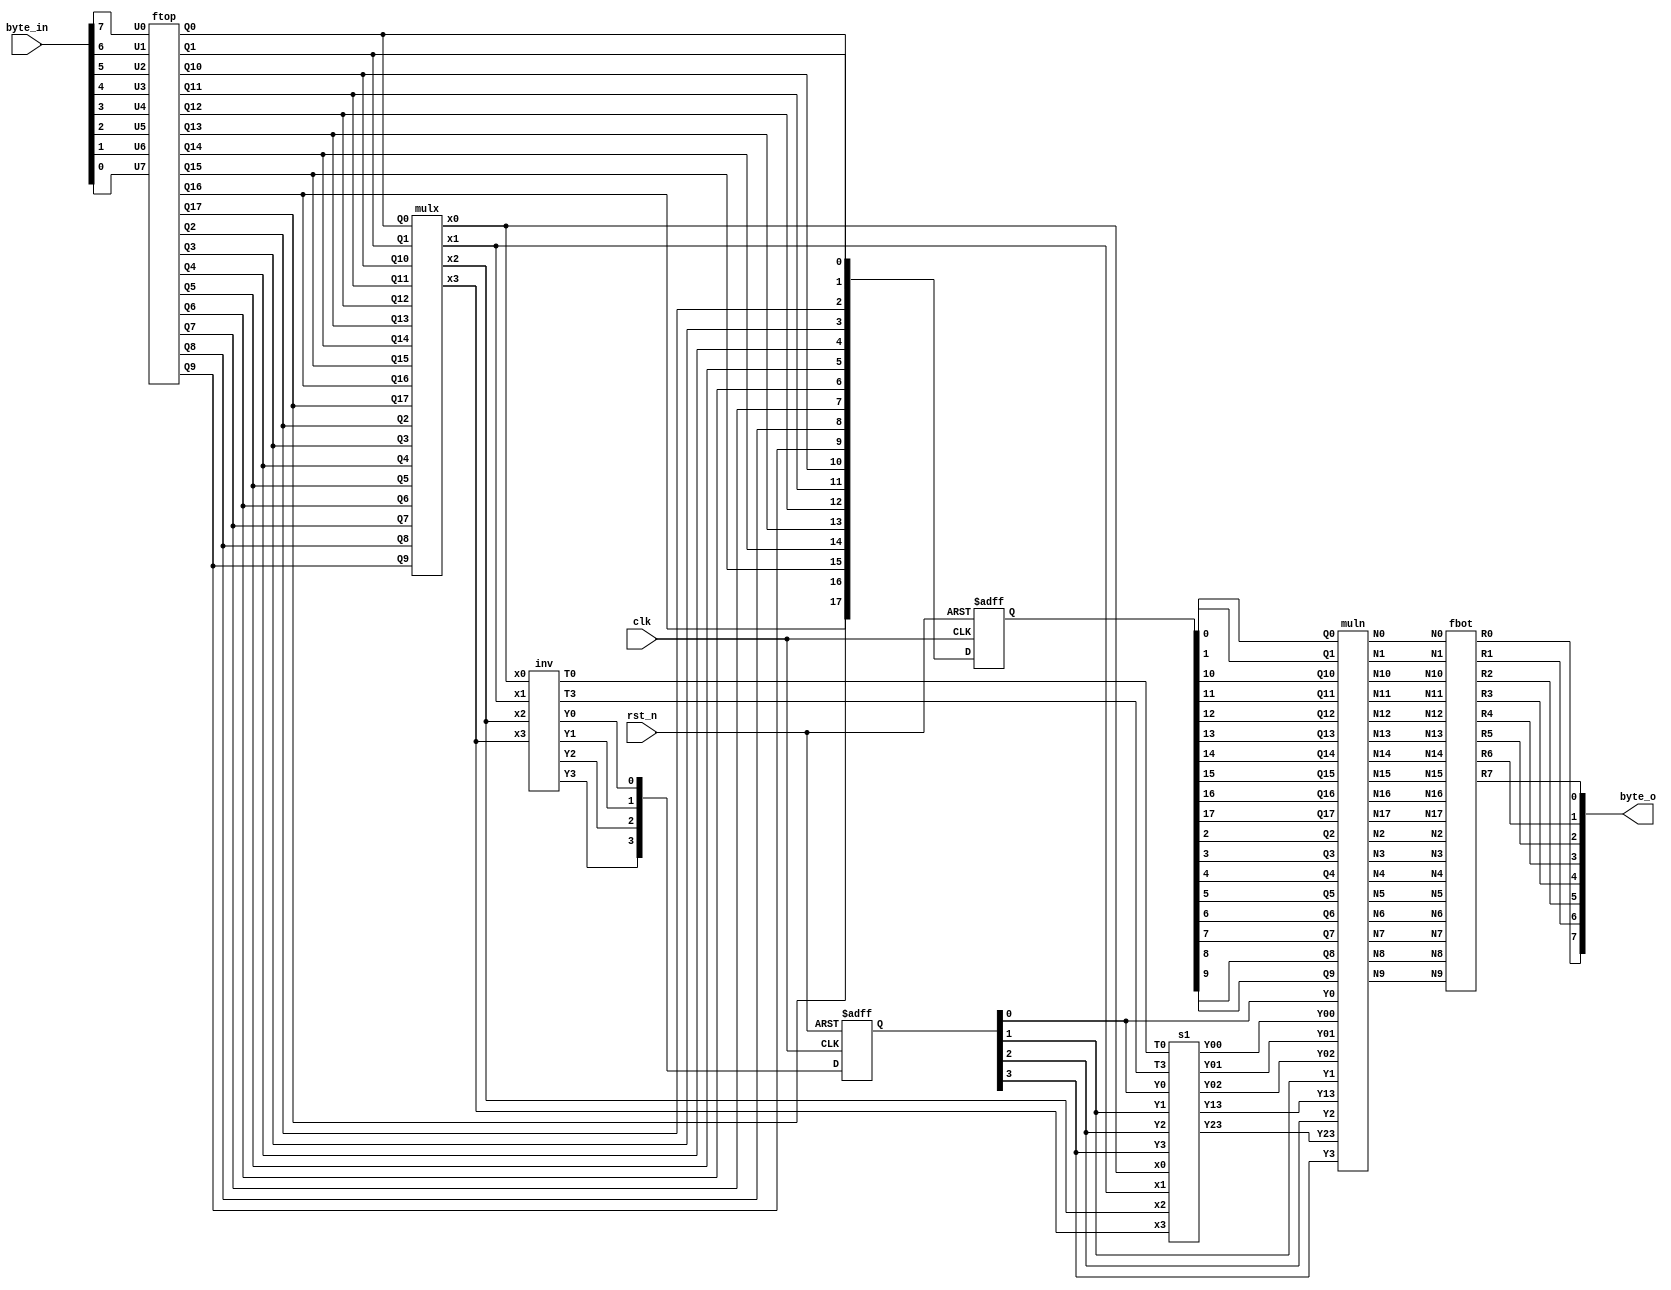
// Trade off version

module SubBytes (
    output [7:0] byte_o,
    input [7:0] byte_in,
    input clk,
    input rst_n
);
    // Top Signal
    wire U0, U1, U2, U3, U4, U5, U6, U7;
    wire R0, R1, R2, R3, R4, R5, R6, R7;

    assign U0 = byte_in[7];
    assign U1 = byte_in[6];
    assign U2 = byte_in[5];
    assign U3 = byte_in[4];
    assign U4 = byte_in[3];
    assign U5 = byte_in[2];
    assign U6 = byte_in[1];
    assign U7 = byte_in[0];

    assign byte_o = {R0, R1, R2, R3, R4, R5, R6, R7};
// 
    wire Q0, Q1, Q2, Q3, Q4, Q5, Q6, Q7, Q8, Q9, Q10, Q11, Q12, Q13, Q14, Q15, Q16, Q17;
    wire x0, x1, x2, x3;
    wire Y00, Y01, Y02, Y13, Y23, Y0, Y1, Y2, Y3;
    wire N0, N1, N2, N3, N4, N5, N6, N7, N8, N9, N10, N11, N12, N13, N14, N15, N16, N17;
    wire T0, T3;
//  ftop 
    ftop ftop_inst (
        .U0(U0), .U1(U1), .U2(U2), .U3(U3), .U4(U4), .U5(U5), .U6(U6), .U7(U7),
        .Q0(Q0), .Q1(Q1), .Q2(Q2), .Q3(Q3), .Q4(Q4), .Q5(Q5), .Q6(Q6), .Q7(Q7),
        .Q8(Q8), .Q9(Q9), .Q10(Q10), .Q11(Q11), .Q12(Q12), .Q13(Q13), .Q14(Q14), .Q15(Q15),
        .Q16(Q16), .Q17(Q17)
    );

    //  mulx 
    mulx mulx_inst (
        .Q0(Q0), .Q1(Q1), .Q2(Q2), .Q3(Q3), .Q4(Q4), .Q5(Q5), .Q6(Q6), .Q7(Q7), .Q8(Q8), .Q9(Q9),
        .Q10(Q10), .Q11(Q11), .Q12(Q12), .Q13(Q13), .Q14(Q14), .Q15(Q15), .Q16(Q16), .Q17(Q17),
        .x0(x0), .x1(x1), .x2(x2), .x3(x3)
    );

    //  inv 
    inv inv_inst (
        .x0(x0), .x1(x1), .x2(x2), .x3(x3),
        .T0(T0), .T3(T3),
        .Y0(Y0), .Y1(Y1), .Y2(Y2), .Y3(Y3)
    );

    // 
    reg [17:0] Q_reg;
    reg [8:0] Y_reg;
    always @(posedge clk or negedge rst_n) begin
        if (!rst_n) begin
            Q_reg <= 18'b0;
            Y_reg <= 9'b0;
        end else begin
            Q_reg <= {Q17, Q16, Q15, Q14, Q13, Q12, Q11, Q10, Q9, Q8, Q7, Q6, Q5, Q4, Q3, Q2, Q1, Q0};
            Y_reg <= {Y23, Y13, Y02, Y01, Y00, Y3, Y2, Y1, Y0};
        end
    end

    //  s1 
    wire [17:0] Q_pipeline = Q_reg;
    wire [8:0] Y_pipeline = Y_reg;

    //  s1 
    s1 s1_inst (
        .x0(x0), .x1(x1), .x2(x2), .x3(x3),
        .T0(T0), .T3(T3),
        .Y0(Y_pipeline[0]), .Y1(Y_pipeline[1]), .Y2(Y_pipeline[2]), .Y3(Y_pipeline[3]),
        .Y00(Y_pipeline[4]), .Y01(Y_pipeline[5]), .Y02(Y_pipeline[6]), .Y13(Y_pipeline[7]), .Y23(Y_pipeline[8])
    );

    //  muln 
    muln muln_inst (
        .Y00(Y_pipeline[4]), .Y01(Y_pipeline[5]), .Y02(Y_pipeline[6]), 
        .Y0(Y_pipeline[0]), .Y1(Y_pipeline[1]), .Y2(Y_pipeline[2]), .Y3(Y_pipeline[3]), 
        .Y13(Y_pipeline[7]), .Y23(Y_pipeline[8]),
        .Q0(Q_pipeline[0]), .Q1(Q_pipeline[1]), .Q2(Q_pipeline[2]), .Q3(Q_pipeline[3]), 
        .Q4(Q_pipeline[4]), .Q5(Q_pipeline[5]), .Q6(Q_pipeline[6]), .Q7(Q_pipeline[7]), 
        .Q8(Q_pipeline[8]), .Q9(Q_pipeline[9]), .Q10(Q_pipeline[10]), .Q11(Q_pipeline[11]), 
        .Q12(Q_pipeline[12]), .Q13(Q_pipeline[13]), .Q14(Q_pipeline[14]), .Q15(Q_pipeline[15]), 
        .Q16(Q_pipeline[16]), .Q17(Q_pipeline[17]),
        .N0(N0), .N1(N1), .N2(N2), .N3(N3), .N4(N4), .N5(N5), .N6(N6), .N7(N7),
        .N8(N8), .N9(N9), .N10(N10), .N11(N11), .N12(N12), .N13(N13), .N14(N14), .N15(N15), .N16(N16), .N17(N17)
    );

    //  fbot 
    fbot fbot_inst (
        .N0(N0), .N1(N1), .N2(N2), .N3(N3), .N4(N4), .N5(N5), .N6(N6), .N7(N7),
        .N8(N8), .N9(N9), .N10(N10), .N11(N11), .N12(N12), .N13(N13), .N14(N14), .N15(N15), .N16(N16), .N17(N17),
        .R0(R0), .R1(R1), .R2(R2), .R3(R3), .R4(R4), .R5(R5), .R6(R6), .R7(R7)
    );

endmodule

// ftop.a
module ftop (
    input  wire U0, U1, U2, U3, U4, U5, U6, U7,
    output wire Q0, Q1, Q2, Q3, Q4, Q5, Q6, Q7, Q8, Q9, Q10, Q11, Q12, Q13, Q14, Q15, Q16, Q17
);

    wire Z6, Z9, Z66, Z80, Z114;
    // Intermediate computations
    assign Z6 = U1 ^ U2;
    assign Q12 = Z6 ^ U3;
    assign Q11 = U4 ^ U5;
    assign Q0 = Q12 ^ Q11;
    assign Z9 = U0 ^ U3;
    assign Z80 = U4 ^ U6;
    assign Q1 = Z9 ^ Z80;
    assign Q7 = Z6 ^ U7;
    assign Q2 = Q1 ^ Q7;
    assign Q3 = Q1 ^ U7;
    assign Q13 = U5 ^ Z80;
    assign Q5 = Q12 ^ Q13;
    assign Z66 = U1 ^ U6;
    assign Z114 = Q11 ^ Z66;
    assign Q6 = U7 ^ Z114;
    assign Q8 = Q1 ^ Z114;
    assign Q9 = Q7 ^ Z114;
    assign Q10 = U2 ^ Q13;
    assign Q16 = Z9 ^ Z66;
    assign Q14 = Q16 ^ Q13;
    assign Q15 = U0 ^ U2;
    assign Q17 = Z9 ^ Z114;
    assign Q4 = U7;

endmodule

// mulx.a
module mulx (
    input wire Q0, Q1, Q2, Q3, Q4, Q5, Q6, Q7, Q8, Q9, Q10, Q11, Q12, Q13, Q14, Q15, Q16, Q17,
    output wire x0, x1, x2, x3
);

    wire T20, T21, T22, T10, T11, T12, T13;

    // Intermediate computations
    assign T20 = ~(Q6 & Q12); // NAND
    assign T21 = ~(Q3 & Q14); // NAND
    assign T22 = ~(Q1 & Q16); // NAND
    assign T10 = (~(Q3 | Q14)) ^ (~(Q0 & Q7)); // NOR ^ NAND
    assign T11 = (~(Q4 | Q13)) ^ (~(Q10 & Q11)); // NOR ^ NAND
    assign T12 = (~(Q2 | Q17)) ^ (~(Q5 & Q9)); // NOR ^ NAND
    assign T13 = (~(Q8 | Q15)) ^ (~(Q2 & Q17)); // NOR ^ NAND

    // Outputs
    assign x0 = T10 ^ (T20 ^ T22);
    assign x1 = T11 ^ (T21 ^ T20);
    assign x2 = T12 ^ (T21 ^ T22);
    assign x3 = T13 ^ (T21 ^ (~(Q4 & Q13))); // NAND

endmodule

// inv.a
module inv (
    input wire x0, x1, x2, x3,
    output wire T0, T3,
    output wire Y0, Y1, Y2, Y3
);
    wire T1, T2, T4;

    // Intermediate computations
    assign T0 = ~(x0 & x2); // NAND
    assign T1 = ~(x1 | x3); // NOR
    assign T2 = ~(T0 ^ T1); // XNOR
    assign Y0 = (x2 & T2) | (~x2 & x3); // MUX
    assign Y2 = (x0 & T2) | (~x0 & x1); // MUX
    assign T3 = (x1 & x2) | (~x1 & 1); // MUX
    assign Y1 = (T2 & x3) | (~T2 & T3); // MUX
    assign T4 = (x3 & x0) | (~x3 & 1); // MUX
    assign Y3 = (T2 & x1) | (~T2 & T4); // MUX

endmodule


// s1.a
module s1 (
    input wire x0, x1, x2, x3,
    input wire T0, T3,
    input wire Y0, Y1, Y2, Y3,
    output wire Y00, Y01, Y02, Y13, Y23
);

    wire T5, T6;

    // Intermediate computations
    assign T5 = (x0 & T0) | (~x0 & x3); // MUX
    assign Y23 = (x1 & T5) | (~x1 & x0); // MUX
    assign T6 = ~((T3 & x2) | (~T3 & x3)); // NMUX
    assign Y01 = ~((T0 & T6) | (~T0 & x3)); // NMUX

    // Outputs
    assign Y02 = Y2 ^ Y0;
    assign Y13 = Y3 ^ Y1;
    assign Y00 = Y01 ^ Y23;

endmodule

// muln.a
module muln (
    input wire Y00, Y01, Y02, Y0, Y1, Y2, Y3, Y13, Y23,
    input wire Q0, Q1, Q2, Q3, Q4, Q5, Q6, Q7, Q8, Q9, Q10, Q11, Q12, Q13, Q14, Q15, Q16, Q17,
    output wire N0, N1, N2, N3, N4, N5, N6, N7, N8, N9, N10, N11, N12, N13, N14, N15, N16, N17
);

    // Intermediate computations
    assign N0 = ~(Y01 & Q11); // NAND
    assign N1 = ~(Y0 & Q12);  // NAND
    assign N2 = ~(Y1 & Q0);   // NAND
    assign N3 = ~(Y23 & Q17); // NAND
    assign N4 = ~(Y2 & Q5);   // NAND
    assign N5 = ~(Y3 & Q15);  // NAND
    assign N6 = ~(Y13 & Q14); // NAND
    assign N7 = ~(Y00 & Q16); // NAND
    assign N8 = ~(Y02 & Q13); // NAND
    assign N9 = ~(Y01 & Q7);  // NAND
    assign N10 = ~(Y0 & Q10); // NAND
    assign N11 = ~(Y1 & Q6);  // NAND
    assign N12 = ~(Y23 & Q2); // NAND
    assign N13 = ~(Y2 & Q9);  // NAND
    assign N14 = ~(Y3 & Q8);  // NAND
    assign N15 = ~(Y13 & Q3); // NAND
    assign N16 = ~(Y00 & Q1); // NAND
    assign N17 = ~(Y02 & Q4); // NAND

endmodule

// fbot.a
module fbot (
    input  wire N0, N1, N2, N3, N4, N5, N6, N7, N8, N9, N10, N11, N12, N13, N14, N15, N16, N17,
    output wire R0, R1, R2, R3, R4, R5, R6, R7
);

    wire H0, H1, H2, H3, H4, H5, H6, H7, H8, H9, H10, H11, H12, H13, H14, H15, H16, H17, H18, H19, H20, H21, H22, H23;

    // Intermediate computations
    assign H0 = N3 ^ N8;
    assign H1 = N5 ^ N6;
    assign H2 = ~(H0 ^ H1);  // XNOR
    assign H3 = N1 ^ N4;
    assign H4 = N9 ^ N10;
    assign H5 = N13 ^ N14;
    assign H6 = N15 ^ H4;
    assign H7 = N0 ^ H3;
    assign H8 = N17 ^ H5;
    assign H9 = N3 ^ H7;
    assign H10 = N15 ^ N17;
    assign H11 = N9 ^ N11;
    assign H12 = N12 ^ N14;
    assign H13 = N1 ^ N2;
    assign H14 = N5 ^ N16;
    assign H15 = N7 ^ H11;
    assign H16 = H10 ^ H11;
    assign H17 = N16 ^ H8;
    assign H18 = H6 ^ H8;
    assign H19 = H10 ^ H12;
    assign H20 = N2 ^ H3;
    assign H21 = H6 ^ H14;
    assign H22 = N8 ^ H12;
    assign H23 = H13 ^ H15;

    // Outputs
    assign R0 = ~(H16 ^ H2); // XNOR
    assign R1 = H2;
    assign R2 = ~(H20 ^ H21); // XNOR
    assign R3 = ~(H17 ^ H2);  // XNOR
    assign R4 = ~(H18 ^ H2);  // XNOR
    assign R5 = H22 ^ H23;
    assign R6 = ~(H19 ^ H9);  // XNOR
    assign R7 = ~(H9 ^ H18);  // XNOR

endmodule